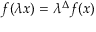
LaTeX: f ( \lambda x ) = \lambda ^ { \Delta } f ( x )